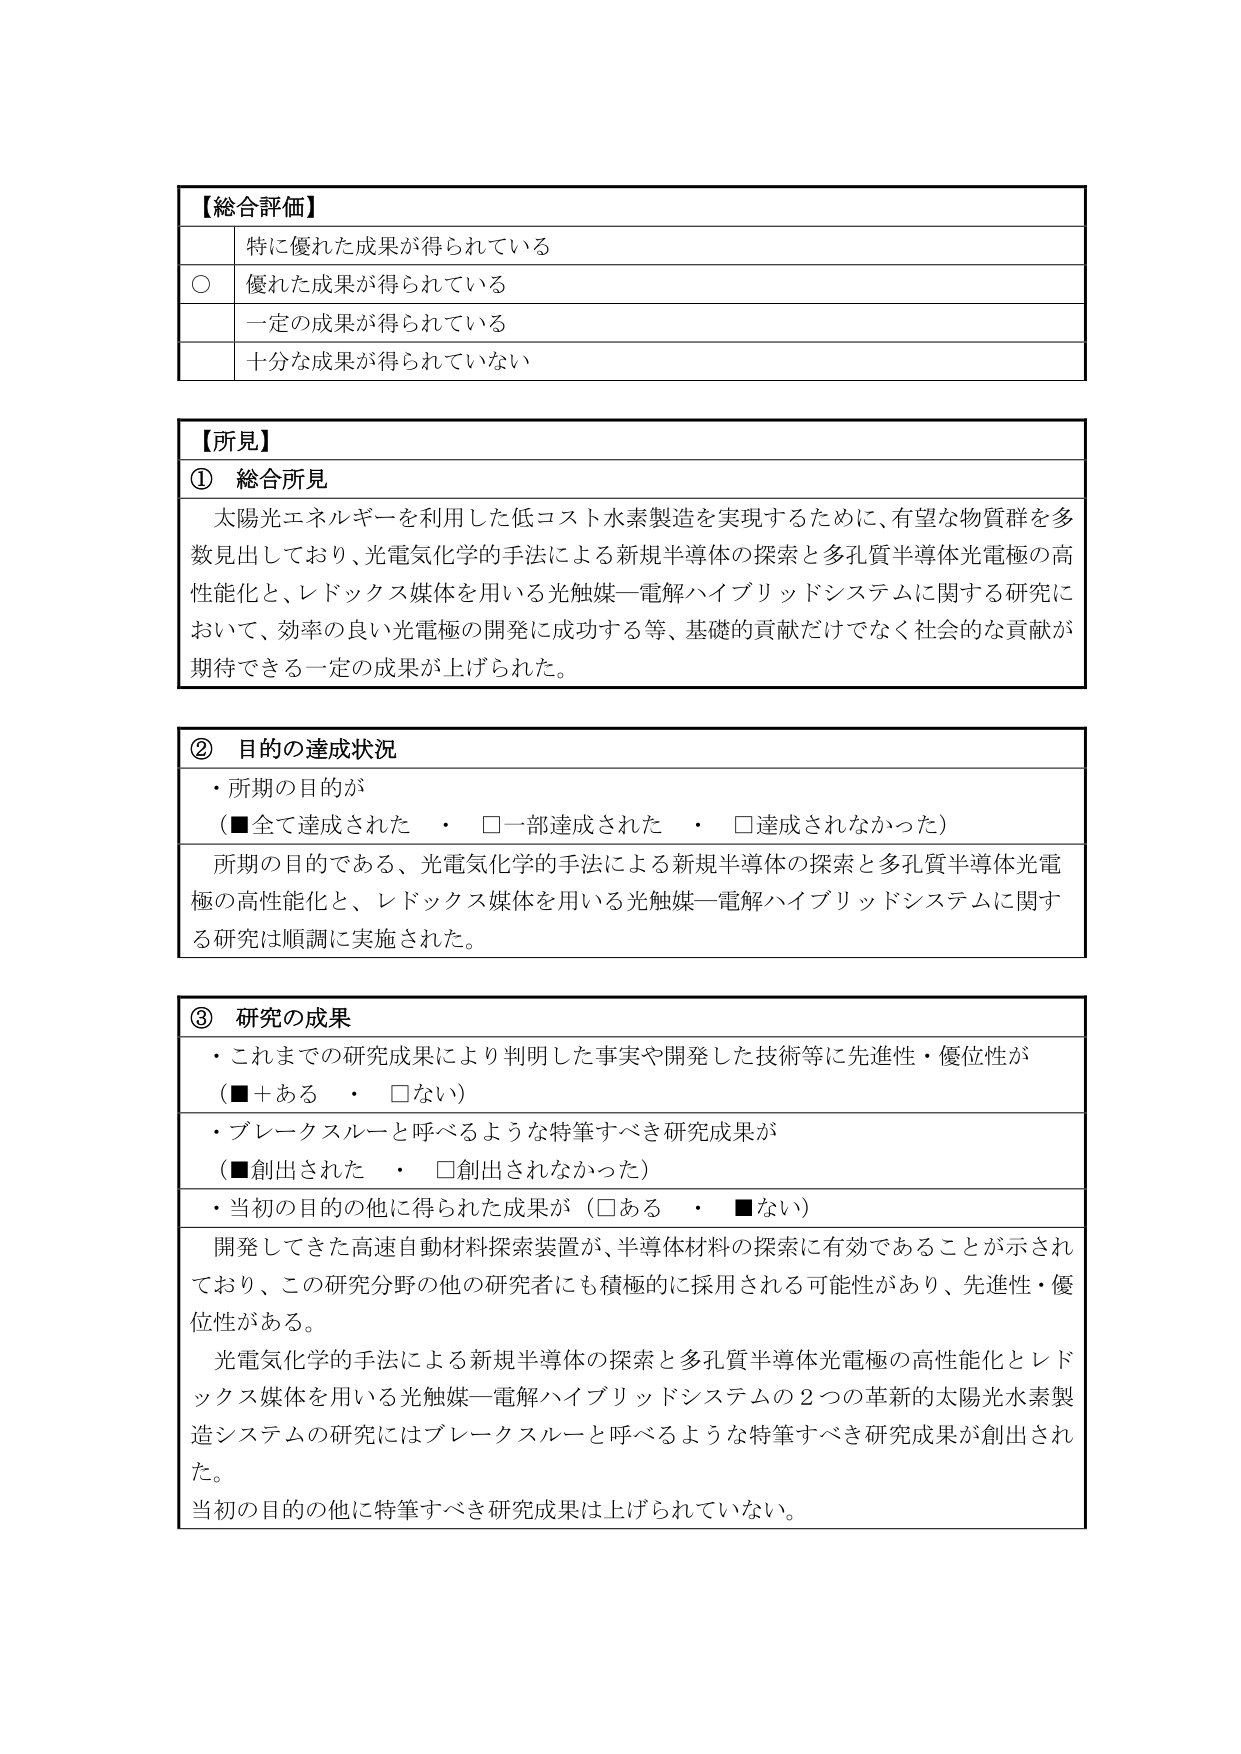
【総合評価】
特に優れた成果が得られている
○ 優れた成果が得られている
一定の成果が得られている
十分な成果が得られていない

【所見】
① 総合所見
太陽光エネルギーを利用した低コスト水素製造を実現するために、有望な物質群を多数見出しており、光電気化学的手法による新規半導体の探索と多孔質半導体光電極の高性能化と、レドックス媒体を用いる光触媒―電解ハイブリッドシステムに関する研究において、効率の良い光電極の開発に成功する等、基礎的貢献だけでなく社会的な貢献が期待できる一定の成果が上げられた。

② 目的の達成状況
・所期の目的が
（■全て達成された　・　□一部達成された　・　□達成されなかった）
所期の目的である、光電気化学的手法による新規半導体の探索と多孔質半導体光電極の高性能化と、レドックス媒体を用いる光触媒―電解ハイブリッドシステムに関する研究は順調に実施された。

③ 研究の成果
・これまでの研究成果により判明した事実や開発した技術等に先進性・優位性が
（■＋ある　・　□ない）
・ブレークスルーと呼べるような特筆すべき研究成果が
（■創出された　・　□創出されなかった）
・当初の目的の他に得られた成果が（□ある　・　■ない）
開発してきた高速自動材料探索装置が、半導体材料の探索に有効であることが示されており、この研究分野の他の研究者にも積極的に採用される可能性があり、先進性・優位性がある。
光電気化学的手法による新規半導体の探索と多孔質半導体光電極の高性能化とレドックス媒体を用いる光触媒―電解ハイブリッドシステムの2つの革新的太陽光水素製造システムの研究にはブレークスルーと呼べるような特筆すべき研究成果が創出された。
当初の目的の他に特筆すべき研究成果は上げられていない。